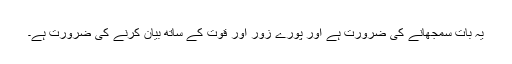
یہ بات سمجھانے کی ضرورت ہے اور پورے زور اور قوت کے ساتھ بیان کرنے کی ضرورت ہے۔